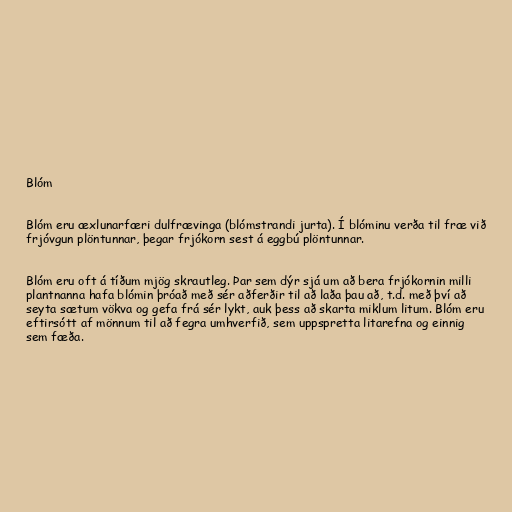
Blóm

Blóm eru æxlunarfæri dulfrævinga (blómstrandi jurta). Í blóminu verða til fræ við
frjóvgun plöntunnar, þegar frjókorn sest á eggbú plöntunnar.

Blóm eru oft á tíðum mjög skrautleg. Þar sem dýr sjá um að bera frjókornin milli
plantnanna hafa blómin þróað með sér aðferðir til að laða þau að, t.d. með því að
seyta sætum vökva og gefa frá sér lykt, auk þess að skarta miklum litum. Blóm eru
eftirsótt af mönnum til að fegra umhverfið, sem uppspretta litarefna og einnig
sem fæða.